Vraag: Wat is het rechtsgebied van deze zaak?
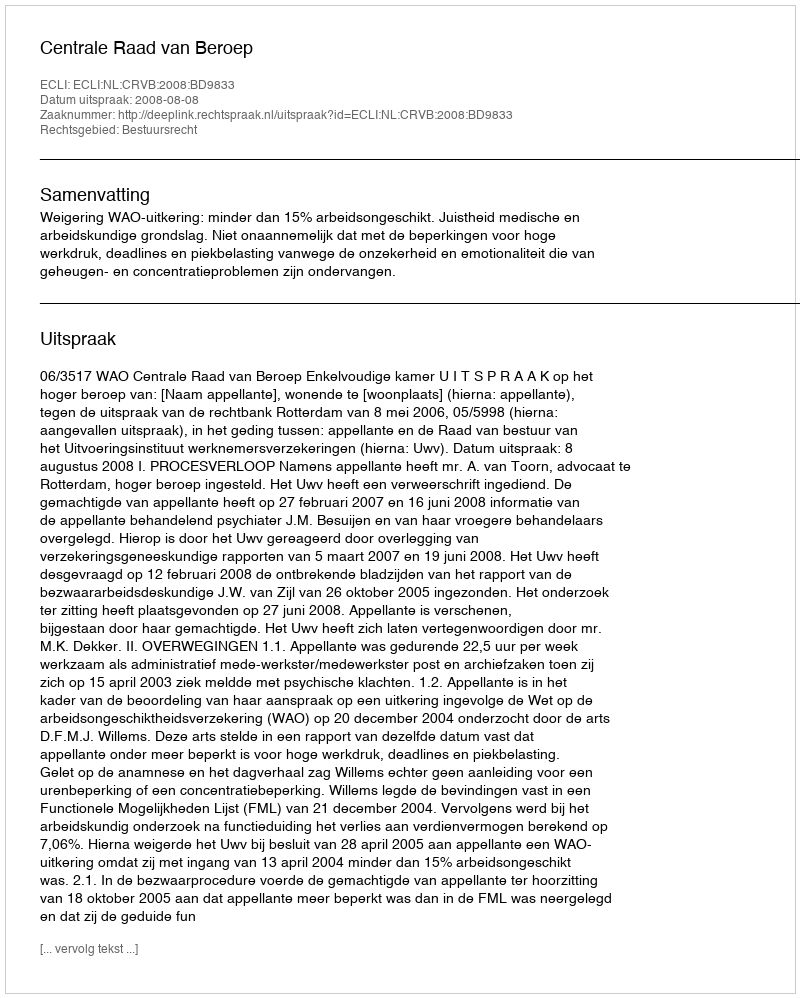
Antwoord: Bestuursrecht